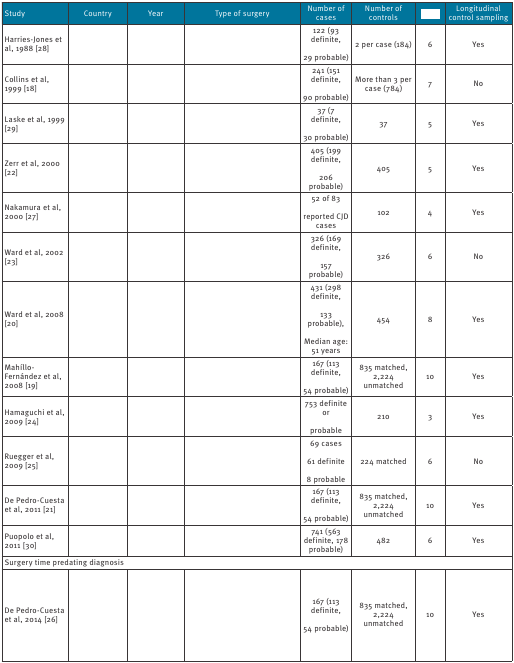
<table><thead><tr><td><b>Study</b></td><td><b>Country</b></td><td><b>Year</b></td><td><b>Type of surgery</b></td><td><b>Number of cases</b></td><td><b>Number of controls</b></td><td>[EMPTY_CELL]</td><td><b>Longitudinal control sampling</b></td></tr></thead><tbody><tr><td>Harries-Jones et al, 1988 [28]</td><td>[EMPTY_CELL]</td><td>[EMPTY_CELL]</td><td>[EMPTY_CELL]</td><td>122 (93 definite,29 probable)</td><td>2 per case (184)</td><td>6</td><td>Yes</td></tr><tr><td>Collins et al, 1999 [18]</td><td>[EMPTY_CELL]</td><td>[EMPTY_CELL]</td><td>[EMPTY_CELL]</td><td>241 (151 definite, 90 probable)</td><td>More than 3 per case (784)</td><td>7</td><td>No</td></tr><tr><td>Laske et al, 1999 [29]</td><td>[EMPTY_CELL]</td><td>[EMPTY_CELL]</td><td>[EMPTY_CELL]</td><td>37 (7 definite, 30 probable)</td><td>37</td><td>5</td><td>Yes</td></tr><tr><td>Zerr et al, 2000 [22]</td><td>[EMPTY_CELL]</td><td>[EMPTY_CELL]</td><td>[EMPTY_CELL]</td><td>405 (199 definite, 206 probable)</td><td>405</td><td>5</td><td>Yes</td></tr><tr><td>Nakamura et al, 2000 [27]</td><td>[EMPTY_CELL]</td><td>[EMPTY_CELL]</td><td>[EMPTY_CELL]</td><td>52 of 83 reported CJD cases</td><td>102</td><td>4</td><td>Yes</td></tr><tr><td>Ward et al, 2002 [23]</td><td>[EMPTY_CELL]</td><td>[EMPTY_CELL]</td><td>[EMPTY_CELL]</td><td>326 (169 definite,157 probable)</td><td>326</td><td>6</td><td>No</td></tr><tr><td>Ward et al, 2008 [20]</td><td>[EMPTY_CELL]</td><td>[EMPTY_CELL]</td><td>[EMPTY_CELL]</td><td>431 (298 definite,133 probable),Median age: 51 years</td><td>454</td><td>8</td><td>Yes</td></tr><tr><td>Mahíllo-Fernández et al, 2008 [19]</td><td>[EMPTY_CELL]</td><td>[EMPTY_CELL]</td><td>[EMPTY_CELL]</td><td>167 (113 definite,54 probable)</td><td>835 matched, 2,224 unmatched</td><td>10</td><td>Yes</td></tr><tr><td>Hamaguchi et al, 2009 [24]</td><td>[EMPTY_CELL]</td><td>[EMPTY_CELL]</td><td>[EMPTY_CELL]</td><td>753 definite orprobable</td><td>210</td><td>3</td><td>Yes</td></tr><tr><td>Ruegger et al, 2009 [25]</td><td>[EMPTY_CELL]</td><td>[EMPTY_CELL]</td><td>[EMPTY_CELL]</td><td>69 cases61 definite8 probable</td><td>224 matched</td><td>6</td><td>No</td></tr><tr><td>De Pedro-Cuesta et al, 2011 [21]</td><td>[EMPTY_CELL]</td><td>[EMPTY_CELL]</td><td>[EMPTY_CELL]</td><td>167 (113 definite,54 probable)</td><td>835 matched, 2,224 unmatched</td><td>10</td><td>Yes</td></tr><tr><td>Puopolo et al, 2011 [30]</td><td>[EMPTY_CELL]</td><td>[EMPTY_CELL]</td><td>[EMPTY_CELL]</td><td>741 (563 definite, 178 probable)</td><td>482</td><td>6</td><td>Yes</td></tr><tr><td colspan="8">Surgery time predating diagnosis</td></tr><tr><td>De Pedro-Cuesta et al, 2014 [26]</td><td>[EMPTY_CELL]</td><td>[EMPTY_CELL]</td><td>[EMPTY_CELL]</td><td>167 (113 definite,54 probable)</td><td>835 matched, 2,224 unmatched</td><td>10</td><td>Yes</td></tr></tbody></table>